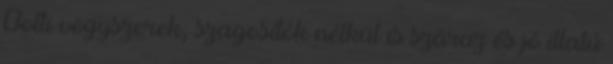
Bolti vegyszerek, szagosítók nélkül is száraz és jó illatú